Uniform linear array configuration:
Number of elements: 32
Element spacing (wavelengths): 1
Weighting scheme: cosine
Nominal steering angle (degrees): -15
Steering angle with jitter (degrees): -15.6
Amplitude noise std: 0.05
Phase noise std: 0.05

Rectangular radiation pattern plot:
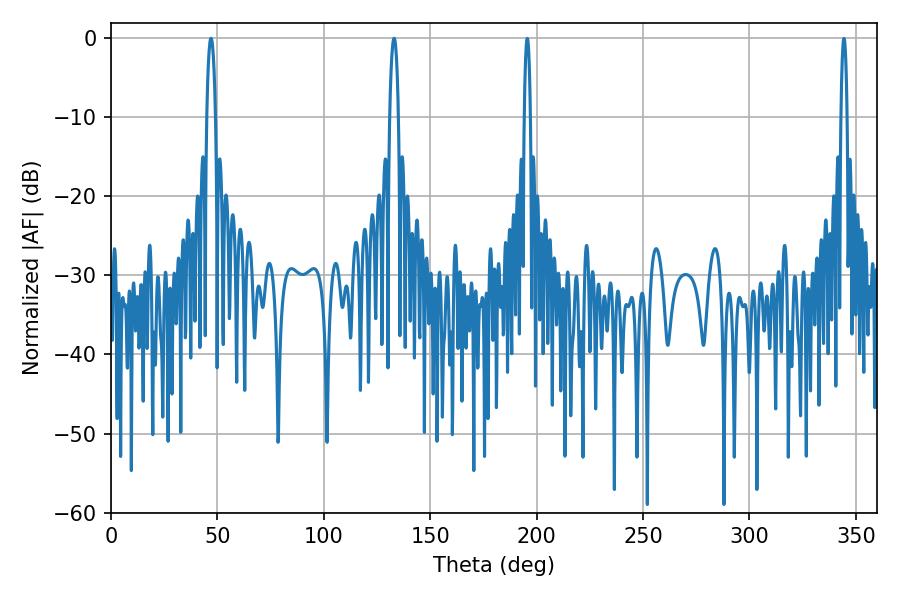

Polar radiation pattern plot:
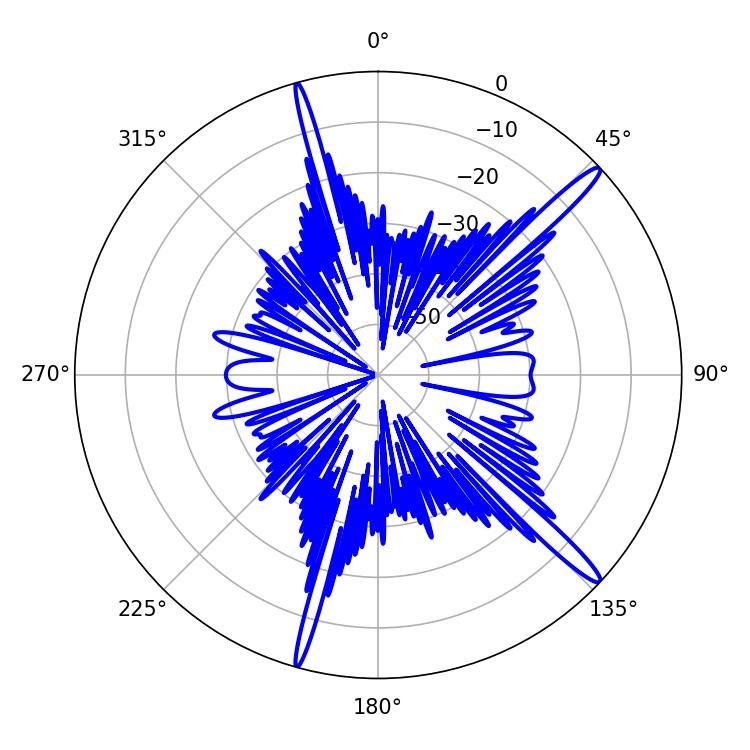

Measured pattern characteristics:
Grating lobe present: TRUE
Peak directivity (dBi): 16.041
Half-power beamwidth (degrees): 2.16
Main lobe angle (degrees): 46.98